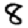
Digit: 8